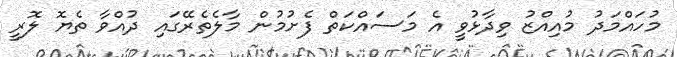
މުހައްމަދު މުއިއްޒު ވިދާޅުވީ އެ މަސައްކަތް ފެށުމުން މާލެތެރޭގައި ދުއްވާ ތެޔޮ ލޮރީ